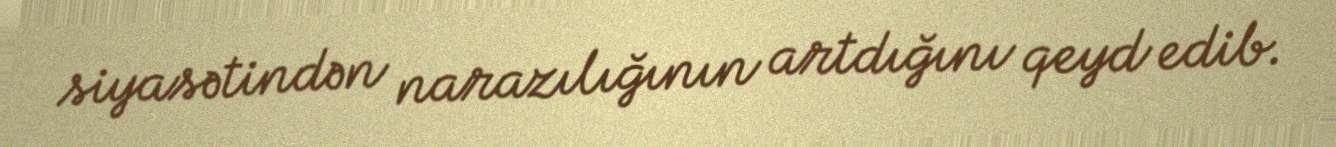
siyasətindən narazılığının artdığını qeyd edib.